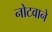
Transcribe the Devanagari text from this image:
नोटवाने